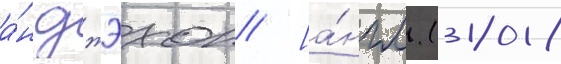
а́н джэхон [а́нгл. (2018